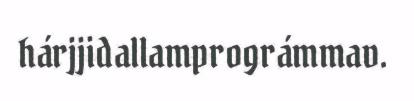
hárjjidallamprográmmav.